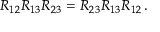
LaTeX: R _ { 1 2 } R _ { 1 3 } R _ { 2 3 } = R _ { 2 3 } R _ { 1 3 } R _ { 1 2 } \, .